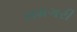
રામગરી